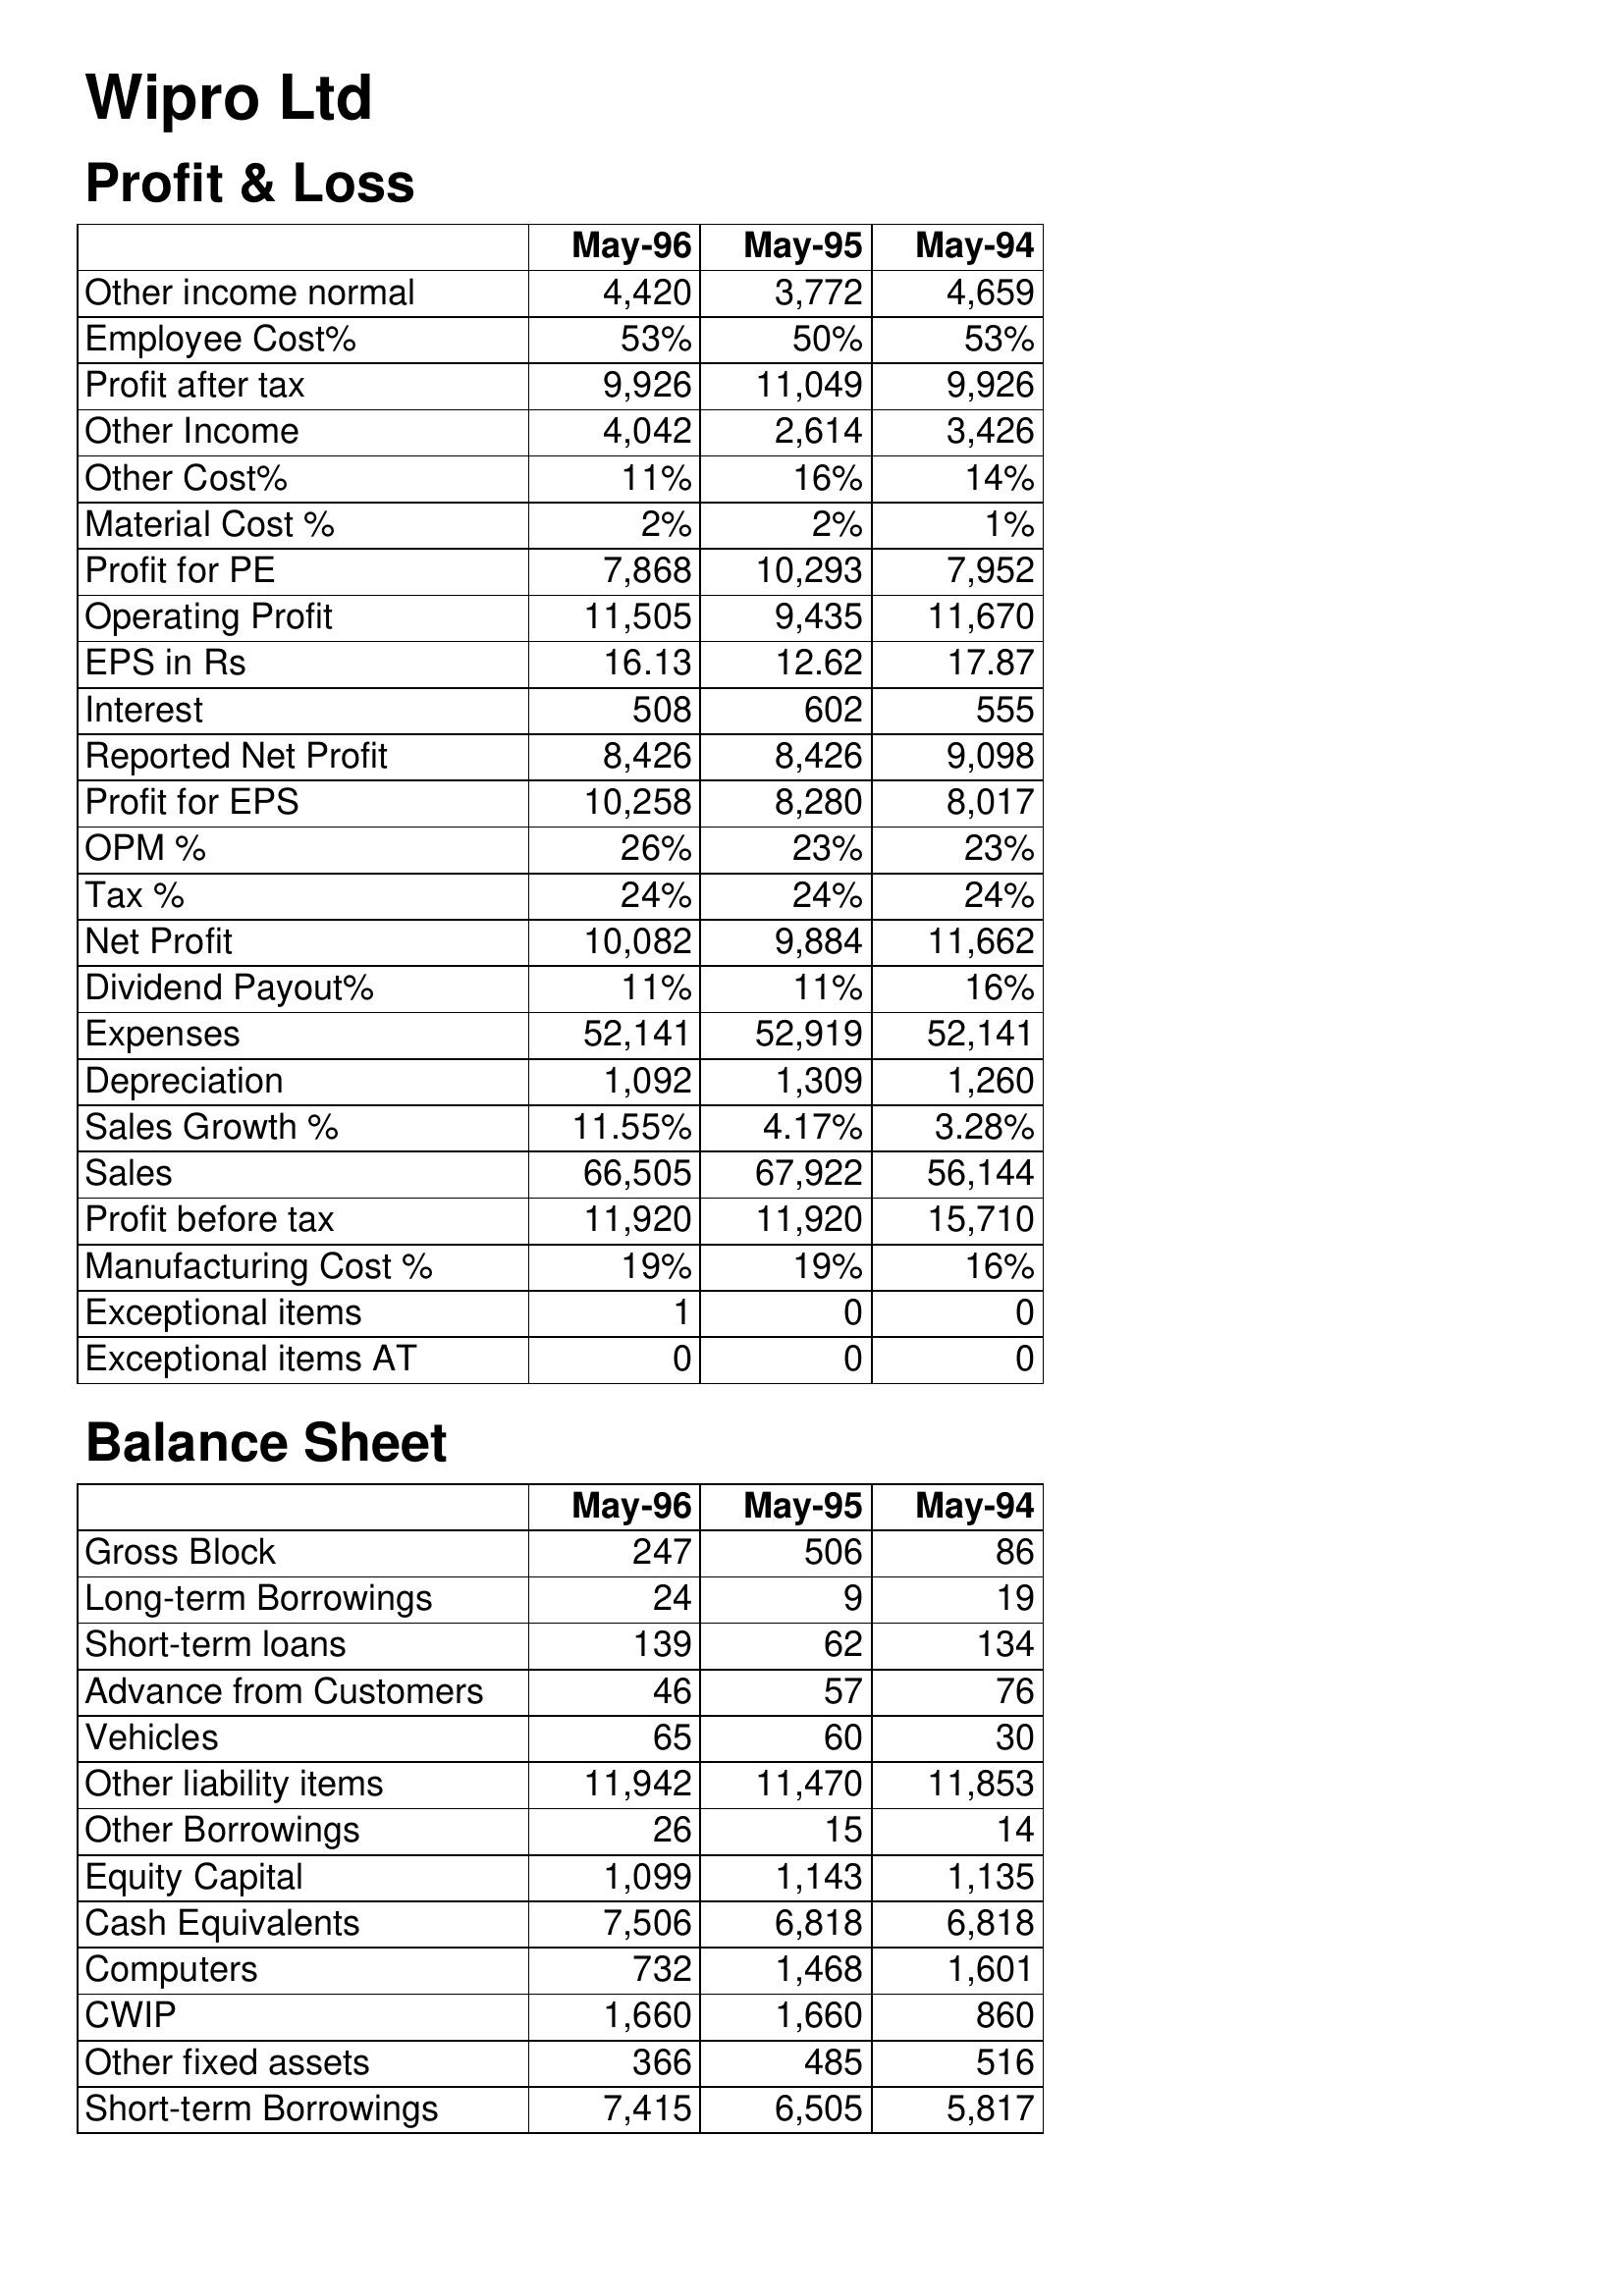
May-96: Profit & Loss: Other income normal: 4,420
Employee Cost%: 53%
Profit after tax: 9,926
Other Income: 4,042
Other Cost%: 11%
Material Cost %: 2%
Profit for PE: 7,868
Operating Profit: 11,505
EPS in Rs: 16.13
Interest: 508
Reported Net Profit: 8,426
Profit for EPS: 10,258
OPM %: 26%
Tax %: 24%
Net Profit: 10,082
Dividend Payout%: 11%
Expenses: 52,141
Depreciation: 1,092
Sales Growth %: 11.55%
Sales: 66,505
Profit before tax: 11,920
Manufacturing Cost %: 19%
Exceptional items: 1
Exceptional items AT: 0
Balance Sheet: Gross Block: 247
Long-term Borrowings: 24
Short-term loans: 139
Advance from Customers: 46
Vehicles: 65
Other liability items: 11,942
Other Borrowings: 26
Equity Capital: 1,099
Cash Equivalents: 7,506
Computers: 732
CWIP: 1,660
Other fixed assets: 366
Short-term Borrowings: 7,415
May-95: Profit & Loss: Other income normal: 3,772
Employee Cost%: 50%
Profit after tax: 11,049
Other Income: 2,614
Other Cost%: 16%
Material Cost %: 2%
Profit for PE: 10,293
Operating Profit: 9,435
EPS in Rs: 12.62
Interest: 602
Reported Net Profit: 8,426
Profit for EPS: 8,280
OPM %: 23%
Tax %: 24%
Net Profit: 9,884
Dividend Payout%: 11%
Expenses: 52,919
Depreciation: 1,309
Sales Growth %: 4.17%
Sales: 67,922
Profit before tax: 11,920
Manufacturing Cost %: 19%
Exceptional items: 0
Exceptional items AT: 0
Balance Sheet: Gross Block: 506
Long-term Borrowings: 9
Short-term loans: 62
Advance from Customers: 57
Vehicles: 60
Other liability items: 11,470
Other Borrowings: 15
Equity Capital: 1,143
Cash Equivalents: 6,818
Computers: 1,468
CWIP: 1,660
Other fixed assets: 485
Short-term Borrowings: 6,505
May-94: Profit & Loss: Other income normal: 4,659
Employee Cost%: 53%
Profit after tax: 9,926
Other Income: 3,426
Other Cost%: 14%
Material Cost %: 1%
Profit for PE: 7,952
Operating Profit: 11,670
EPS in Rs: 17.87
Interest: 555
Reported Net Profit: 9,098
Profit for EPS: 8,017
OPM %: 23%
Tax %: 24%
Net Profit: 11,662
Dividend Payout%: 16%
Expenses: 52,141
Depreciation: 1,260
Sales Growth %: 3.28%
Sales: 56,144
Profit before tax: 15,710
Manufacturing Cost %: 16%
Exceptional items: 0
Exceptional items AT: 0
Balance Sheet: Gross Block: 86
Long-term Borrowings: 19
Short-term loans: 134
Advance from Customers: 76
Vehicles: 30
Other liability items: 11,853
Other Borrowings: 14
Equity Capital: 1,135
Cash Equivalents: 6,818
Computers: 1,601
CWIP: 860
Other fixed assets: 516
Short-term Borrowings: 5,817